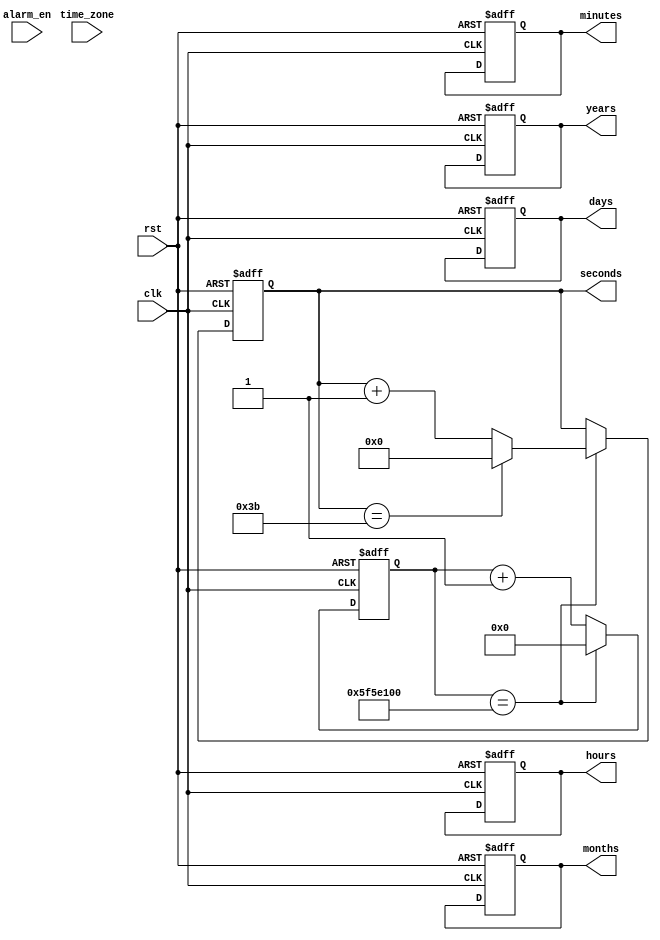
module real_time_clock (
    input wire clk,
    input wire rst,
    input wire alarm_en,
    input wire time_zone,
    // additional inputs for leap year correction

    output reg[6:0] seconds,
    output reg[6:0] minutes,
    output reg[6:0] hours,
    output reg[6:0] days,
    output reg[6:0] months,
    output reg[6:0] years
);

reg[31:0] rtc_counter = 0;
reg[7:0] alarm_seconds;
reg[7:0] alarm_minutes;
reg[7:0] alarm_hours;
reg[7:0] alarm_days;
reg[7:0] alarm_months;
reg[7:0] alarm_years;

always @(posedge clk or posedge rst) begin
    if (rst) begin
        rtc_counter <= 0;
        seconds <= 0;
        minutes <= 0;
        hours <= 0;
        days <= 0;
        months <= 0;
        years <= 0;
    end else begin
        if (rtc_counter == 100000000) begin // assuming 1 second per clock cycle
            rtc_counter <= 0;
            
            // Increment seconds
            if (seconds == 59) begin
                seconds <= 0;
                // increment minutes
                // handle overflow for minutes, hours, days, months, years
            end else begin
                seconds <= seconds + 1;
            end
        end else begin
            rtc_counter <= rtc_counter + 1;
        end
    end
end

endmodule